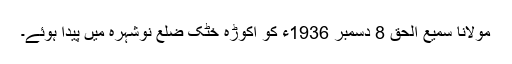
مولانا سمیع الحق 8 دسمبر 1936ء کو اکوڑہ خٹک ضلع نوشہرہ میں پیدا ہوئے۔